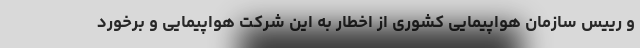
و رییس سازمان هواپیمایی کشوری از اخطار به این شرکت هواپیمایی و برخورد